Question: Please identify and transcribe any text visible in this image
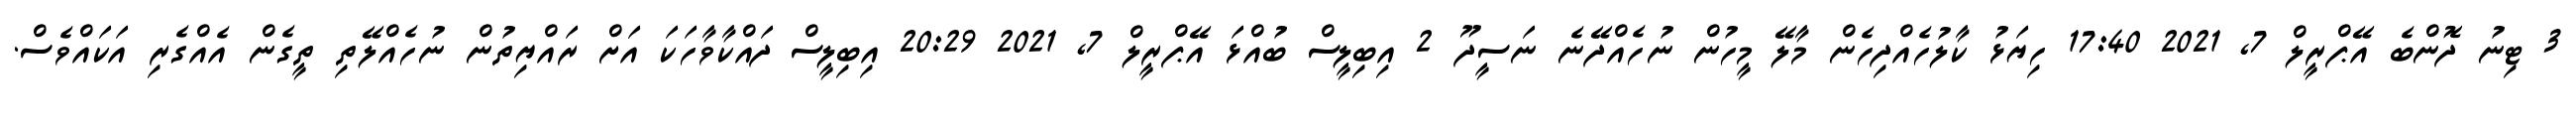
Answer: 3 ޓިނު ދޮންބެ އޭޕްރީލް 7, 2021 17:40 ހިޔަޅު ކާލުހެއްދިހެން މާލޭ މީހުން ނުހެއްދޭނެ ނަސީދޫ 2 އިބިލީސް ބުއްޅަ އޭޕްރީލް 7, 2021 20:29 އިބިލީސް ދައްކާވާހަކަ އަށް ރައްޔިތުން ނުހެއްލޭތި ތީގެން އެއްގެރި އަކައްވެސް.